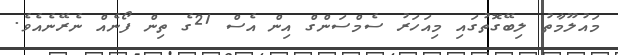
މައުލޫމާތު ލިބޭގޮތުގައި މިއަހަރު ސެމްސަންގް އިން އެސް 21ގެ ތިން ފޯނެއް ނެރޭނެއެވެ.